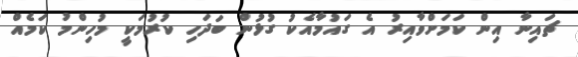
ޗައިނާ އިން ކަމަށްވާއިރު އެ ގައުމާއެކު ގުޅުން ބަދަހި ކުރުމަކީ މުހިންމު ކަމެއް